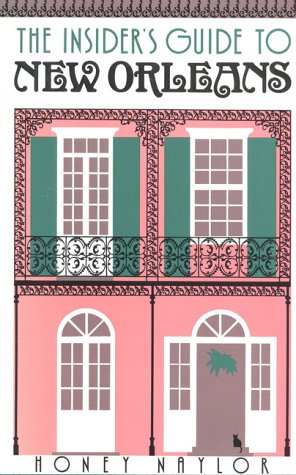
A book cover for Insider's Guide to New Orleans (Insider's Guides); Honey Naylor; Travel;